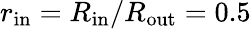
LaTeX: r_{\mathrm{in}}=R_{\mathrm{in}}/R_{\mathrm{out}}=0.5